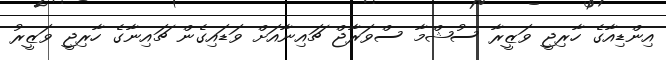
އިންޑިއާގެ ހާރިޖީ ވަޒީރާ ސުޝްމާ ސްވަރާޖް ޗައިނާއަށް ވަޑައިގެން ޗައިނާގެ ހާރިޖީ ވަޒީރު